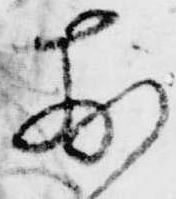
散